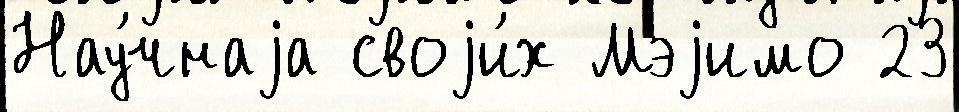
Нау́чнаjа своjи́х Мэjимо 23